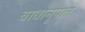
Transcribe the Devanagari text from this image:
बाधानुपात